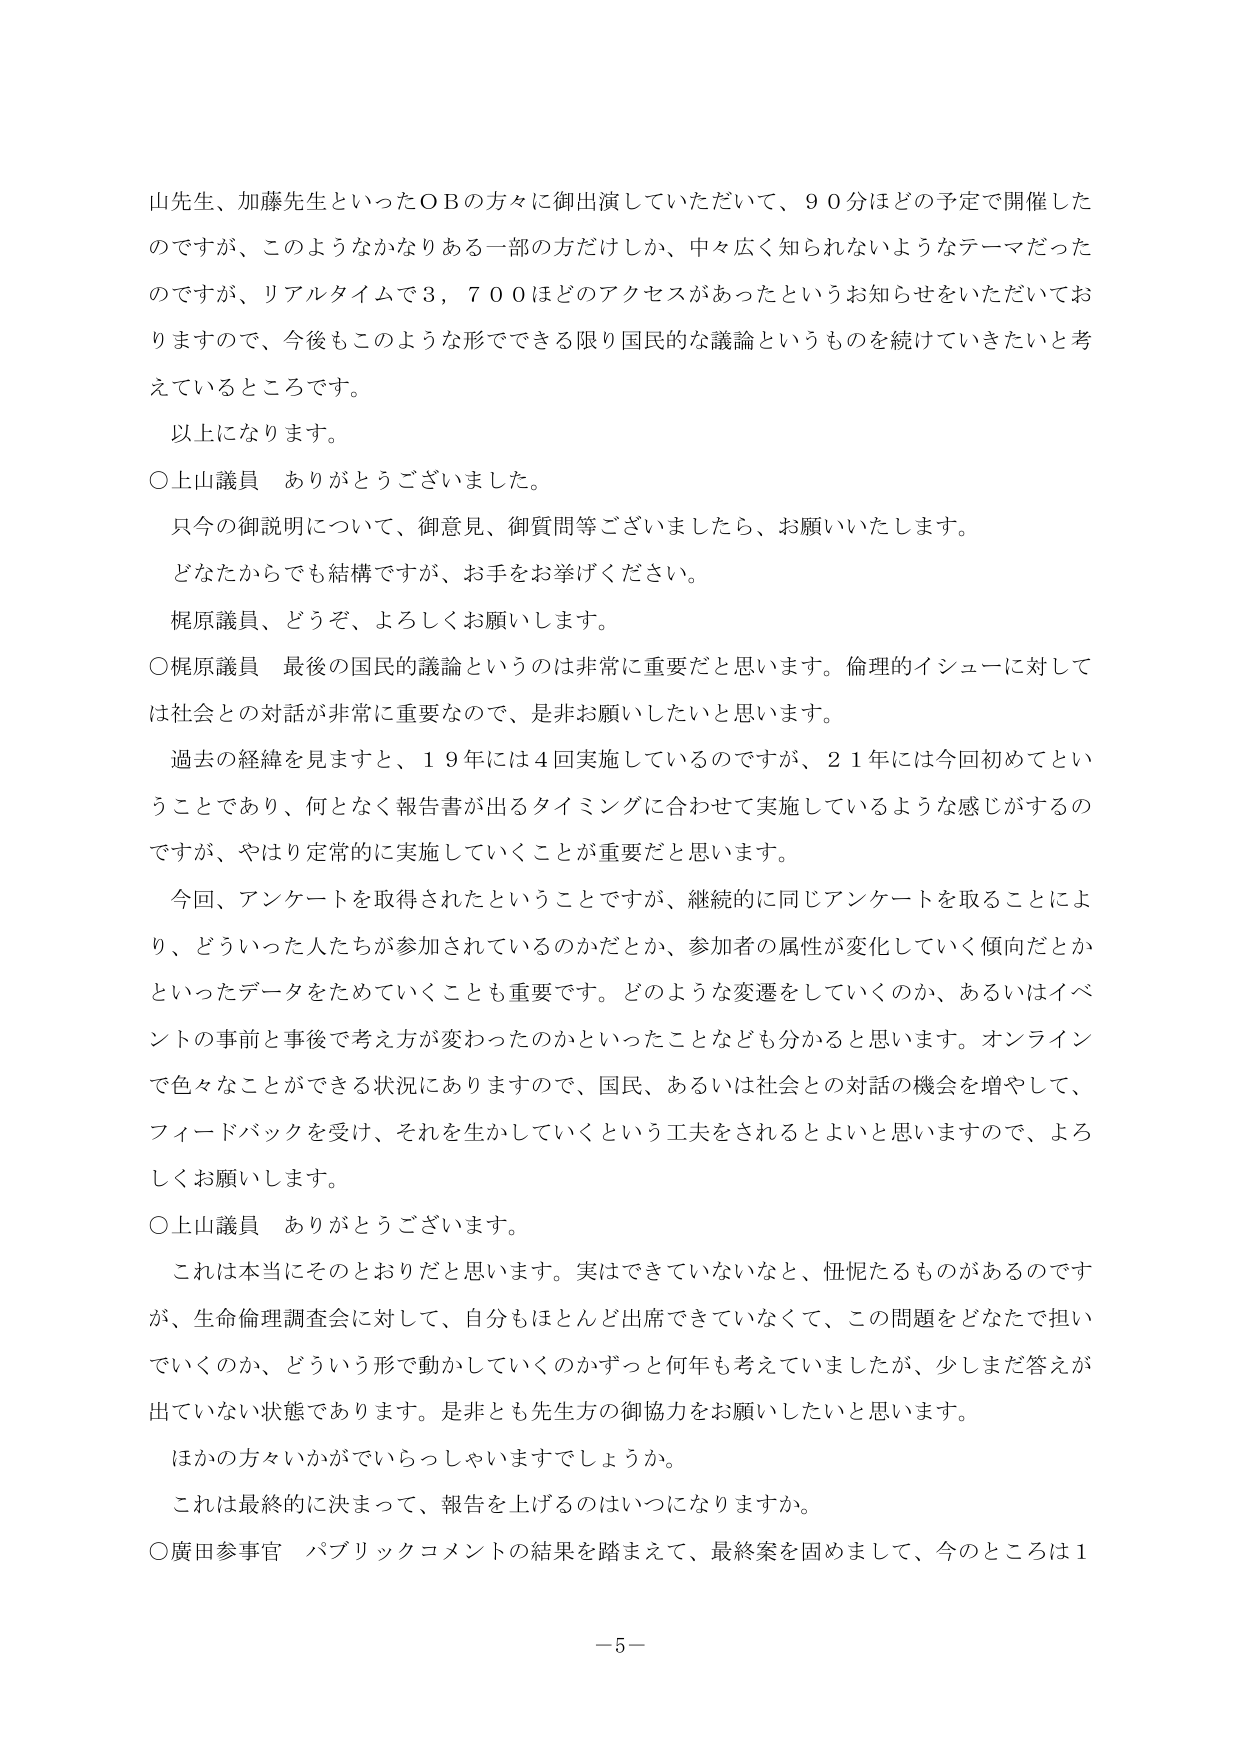
山先生、加藤先生といったＯＢの方々に御出演していただいて、９０分ほどの予定で開催したのですが、このようなかなりある一部の方だけしか、中々広く知られないようなテーマだったのですが、リアルタイムで３，７００ほどのアクセスがあったというお知らせをいただいておりますので、今後もこのような形でできる限り国民的な議論というものを続けていきたいと考えているところです。

以上になります。

○上山議員　ありがとうございました。

只今の御説明について、御意見、御質問等ございましたら、お願いいたします。

どなたからでも結構ですが、お手をお挙げください。

梶原議員、どうぞ、よろしくお願いします。

○梶原議員　最後の国民的議論というのは非常に重要だと思います。倫理的イシューに対しては社会との対話が非常に重要なので、是非お願いしたいと思います。

過去の経緯を見ますと、１９年には４回実施しているのですが、２１年には今回初めてということであり、何となく報告書が出るタイミングに合わせて実施しているような感じがするのですが、やはり定常的に実施していくことが重要だと思います。

今回、アンケートを取得されたということですが、継続的に同じアンケートを取ることにより、どういった人たちが参加されているのかだとか、参加者の属性が変化していく傾向だとかといったデータをためていくことも重要です。どのような変遷をしていくのか、あるいはイベントの事前と事後で考え方が変わったのかといったことなども分かると思います。オンラインで色々なことができる状況にありますので、国民、あるいは社会との対話の機会を増やして、フィードバックを受け、それを生かしていくという工夫をされるといよいと思いますので、よろしくお願いします。

○上山議員　ありがとうございます。

これは本当にそのとおりだと思います。実はできていないなと、忸怩たるものがあるのですが、生命倫理調査会に対して、自分もほとんど出席できていなくて、この問題をどなたで担っていくのか、どういう形で動かしていくのかずっと何年も考えていましたが、少しまだ答えが出ていない状態であります。是非とも先生方の御協力をお願いしたいと思います。

ほかの方々いかがでいらっしゃいますでしょうか。

これは最終的に決まって、報告を上げるのはいつになりますか。

○廣田参事官　パブリックコメントの結果を踏まえて、最終案を固めまして、今のところは１

－５－